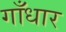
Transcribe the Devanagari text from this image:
गाँधार